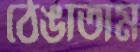
ঠেঙাতাম